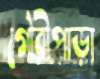
গৌরীপাড়া